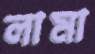
লামা